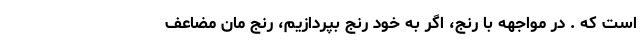
است که . در مواجهه با رنج، اگر به خود رنج بپردازیم، رنج مان مضاعف